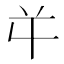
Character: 𭁄